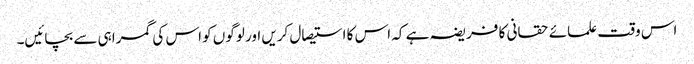
اس وقت علمائے حقانی کا فریضہ ہے کہ اس کا استیصال کریں اور لوگوں کو اس کی گمراہی سے بچائیں۔